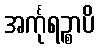
အင်္ကုရဉ္စာပိ